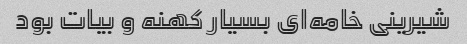
شیرینی خامه‌ای بسیار کهنه و بیات بود